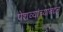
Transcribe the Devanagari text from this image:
पेशव्यांच्याबद्दल